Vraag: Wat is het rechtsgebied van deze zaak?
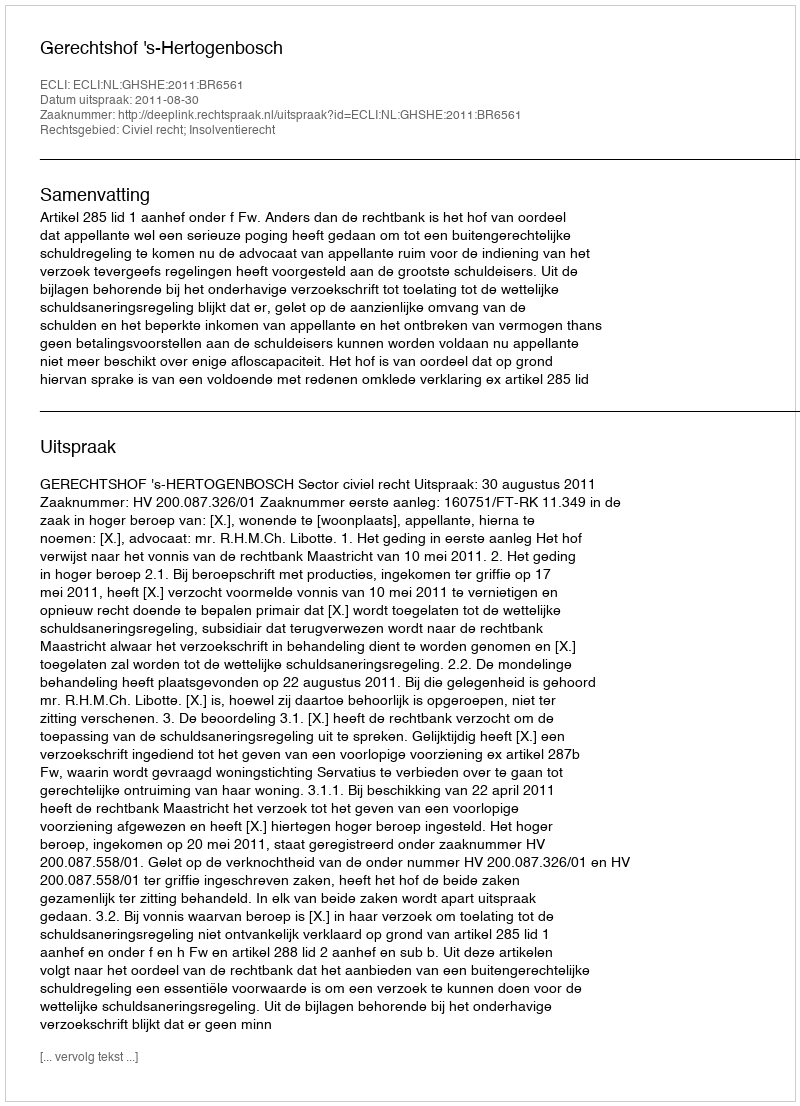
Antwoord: Civiel recht; Insolventierecht